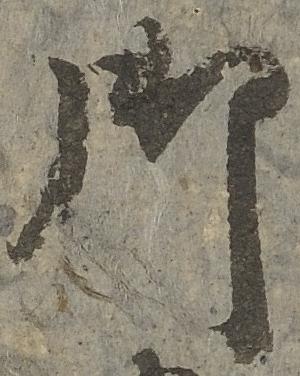
御